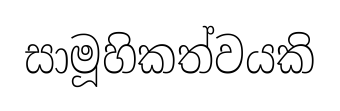
සාමූහිකත්වයකි